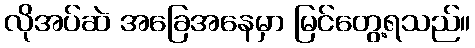
လိုအပ်ဆဲ အခြေအနေမှာ မြင်တွေ့ရသည်။